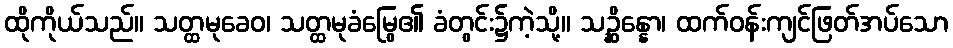
ထိုကိုယ်သည်။ သတ္ထမုခေဝ၊ သတ္ထမုခံမြွေ၏ ခံတွင်း၌ကဲ့သို့။ သဉ္ဆိန္နော၊ ထက်ဝန်းကျင်ဖြတ်အပ်သော